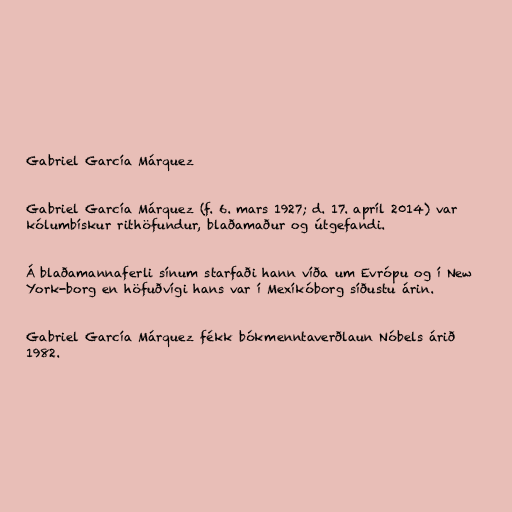
Gabriel García Márquez

Gabriel García Márquez (f. 6. mars 1927; d. 17. apríl 2014) var
kólumbískur rithöfundur, blaðamaður og útgefandi.

Á blaðamannaferli sínum starfaði hann víða um Evrópu og í New
York-borg en höfuðvígi hans var í Mexíkóborg síðustu árin.

Gabriel García Márquez fékk bókmenntaverðlaun Nóbels árið
1982.